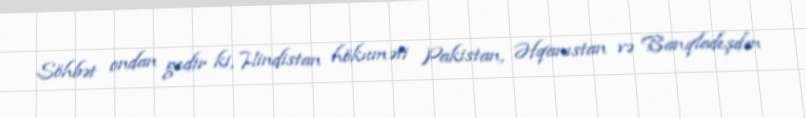
Söhbət ondan gedir ki, Hindistan hökuməti Pakistan, Əfqanıstan və Banqladeşdən